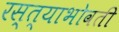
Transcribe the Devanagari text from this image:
रस्त्याभोवती